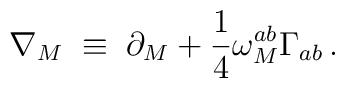
\nabla_{M} \;\equiv\; \partial_{M}+ \frac{1}{4}\omega_M^{ab}\Gamma_{ab}\,.